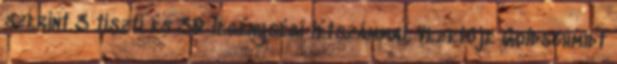
szerint 3 tiszti és 30 legénységi létszámmal. Vezetője Goldschmidt